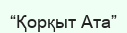
“Қорқыт Ата”